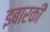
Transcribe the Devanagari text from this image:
इबारकी